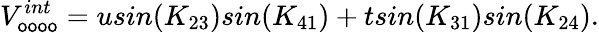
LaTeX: V_{\mathsf{o}\mathsf{o}\mathsf{o}\mathsf{o}}^{int}=usin(K_{23})sin(K_{41})+tsin(K_{31})sin(K_{24}).